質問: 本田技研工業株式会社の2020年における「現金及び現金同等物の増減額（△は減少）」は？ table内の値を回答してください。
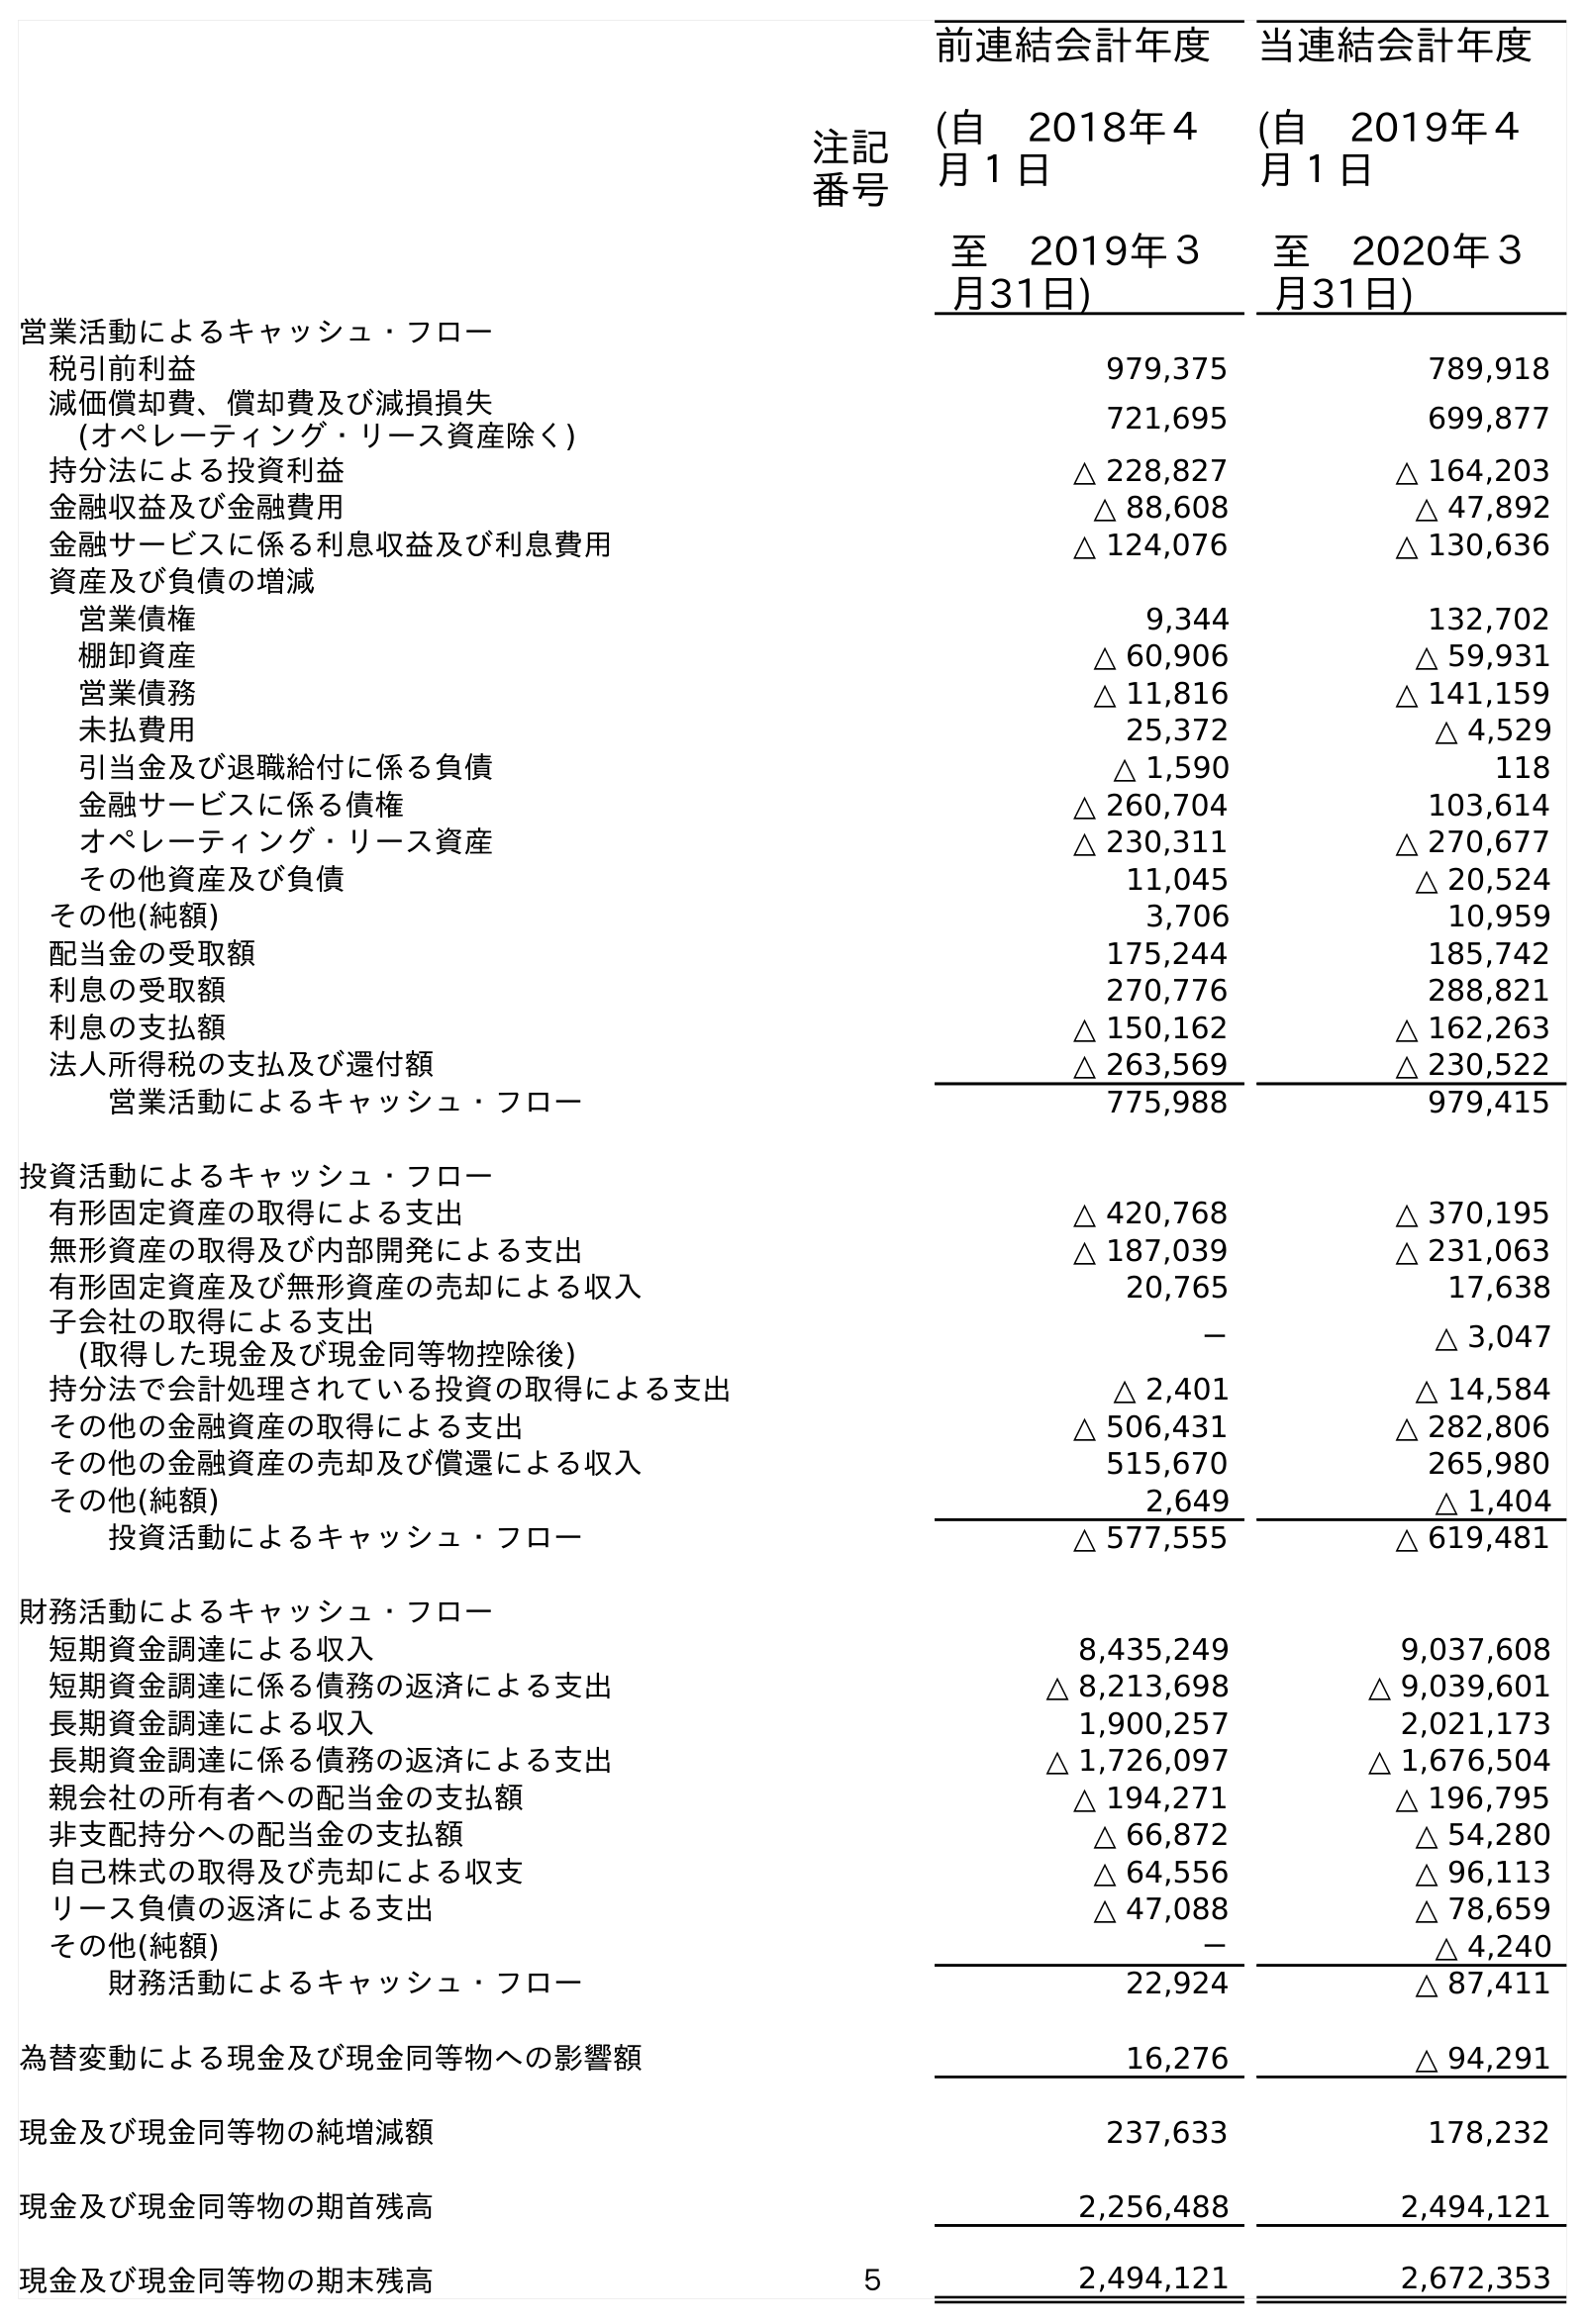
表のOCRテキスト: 注記 番号 前連結会計年度 (自 2018年４ 月１日 至 2019年３ 月31日) 当連結会計年度 (自 2019年４ 月１日 至 2020年３ 月31日) 営業活動によるキャッシュ・フロー 税引前利益 979,375 789,918 減価償却費、償却費及び減損損失 (オペレーティング・リース資産除く) 721,695 699,877 持分法による投資利益 △ 228,827 △ 164,203 金融収益及び金融費用 △ 88,608 △ 47,892 金融サービスに係る利息収益及び利息費用 △ 124,076 △ 130,636 資産及び負債の増減 営業債権 9,344 132,702 棚卸資産 △ 60,906 △ 59,931 営業債務 △ 11,816 △ 141,159 未払費用 25,372 △ 4,529 引当金及び退職給付に係る負債 △ 1,590 118 金融サービスに係る債権 △ 260,704 103,614 オペレーティング・リース資産 △ 230,311 △ 270,677 その他資産及び負債 11,045 △ 20,524 その他(純額) 3,706 10,959 配当金の受取額 175,244 185,742 利息の受取額 270,776 288,821 利息の支払額 △ 150,162 △ 162,263 法人所得税の支払及び還付額 △ 263,569 △ 230,522 営業活動によるキャッシュ・フロー 775,988 979,415 投資活動によるキャッシュ・フロー 有形固定資産の取得による支出 △ 420,768 △ 370,195 無形資産の取得及び内部開発による支出 △ 187,039 △ 231,063 有形固定資産及び無形資産の売却による収入 20,765 17,638 子会社の取得による支出 (取得した現金及び現金同等物控除後) － △ 3,047 持分法で会計処理されている投資の取得による支出 △ 2,401 △ 14,584 その他の金融資産の取得による支出 △ 506,431 △ 282,806 その他の金融資産の売却及び償還による収入 515,670 265,980 その他(純額) 2,649 △ 1,404 投資活動によるキャッシュ・フロー △ 577,555 △ 619,481 財務活動によるキャッシュ・フロー 短期資金調達による収入 8,435,249 9,037,608 短期資金調達に係る債務の返済による支出 △ 8,213,698 △ 9,039,601 長期資金調達による収入 1,900,257 2,021,173 長期資金調達に係る債務の返済による支出 △ 1,726,097 △ 1,676,504 親会社の所有者への配当金の支払額 △ 194,271 △ 196,795 非支配持分への配当金の支払額 △ 66,872 △ 54,280 自己株式の取得及び売却による収支 △ 64,556 △ 96,113 リース負債の返済による支出 △ 47,088 △ 78,659 その他(純額) － △ 4,240 財務活動によるキャッシュ・フロー 22,924 △ 87,411 為替変動による現金及び現金同等物への影響額 16,276 △ 94,291 現金及び現金同等物の純増減額 237,633 178,232 現金及び現金同等物の期首残高 2,256,488 2,494,121 現金及び現金同等物の期末残高 ５ 2,494,121 2,672,353
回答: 178,232